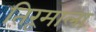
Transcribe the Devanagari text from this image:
तिरूमाला